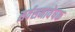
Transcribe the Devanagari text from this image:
सर्वसमावेषक